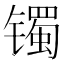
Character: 镯